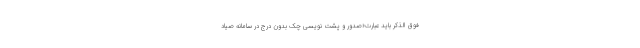
فوق ­الذکر باید عبارت«صدور و پشت­ نویسی چک بدون درج در سامانه صیاد